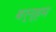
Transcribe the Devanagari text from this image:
बर्न्हम